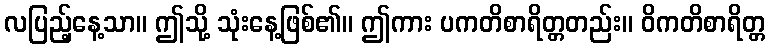
လပြည့်နေ့သာ။ ဤသို့ သုံးနေ့ဖြစ်၏။ ဤကား ပကတိစာရိတ္တတည်း။ ဝိကတိစာရိတ္တ